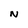
Character: N